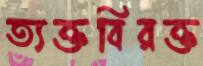
ত্যক্তবিরক্ত